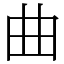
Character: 曲